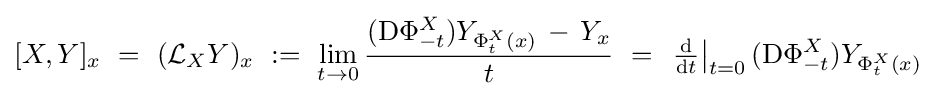
[X,Y]_{x}\ =\ ({\mathcal {L}}_{X}Y)_{x}\ :=\ \lim _{t\to 0}{\frac {(\mathrm {D} \Phi _{-t}^{X})Y_{\Phi _{t}^{X}(x)}\,-\,Y_{x}}{t}}\ =\ \left.{\tfrac {\mathrm {d} }{\mathrm {d} t}}\right|_{t=0}(\mathrm {D} \Phi _{-t}^{X})Y_{\Phi _{t}^{X}(x)}